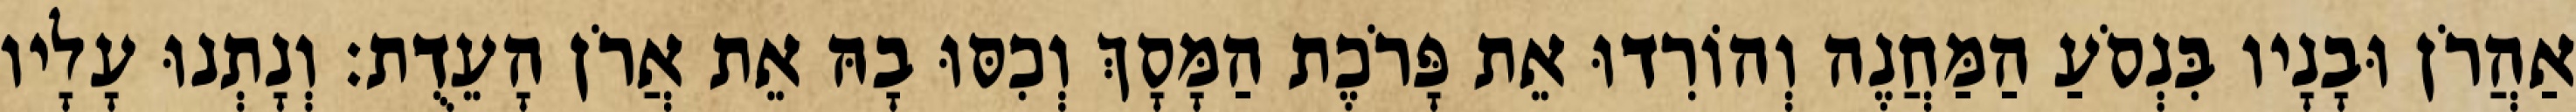
אַהֲרֹן וּבָנָיו בִּנְסֹעַ הַמַּחֲנֶה וְהוֹרִדוּ אֵת פָּרֹכֶת הַמָּסָךְ וְכִסּוּ בָהּ אֵת אֲרֹן הָעֵדֻת׃ וְנָתְנוּ עָלָיו